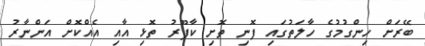
ބޭރަށް ހިންގުމުގެ ހާލަތުގައި ފޮނި ތޮށި ކާފޫރު ތޮޅި އާއި އެއްކޮށް އަންނާރު